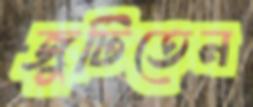
জুটিতেন